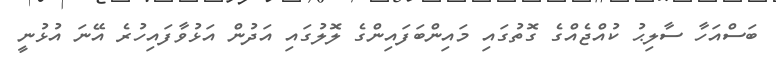
ބަސްއަހާ ސާލިޙު ކުއްޖެއްގެ ގޮތުގައި މައިންބަފައިންގެ ލޮލުގައި އަދުން އަޅުވާފައިހުރެ އޭނަ އުޅުނީ